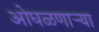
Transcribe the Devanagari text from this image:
ओघळणाऱ्या